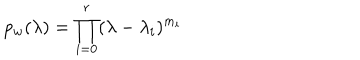
LaTeX: p _ { w } ( \lambda ) = \prod _ { i = 0 } ^ { r } ( \lambda - \lambda _ { i } ) ^ { m _ { i } }